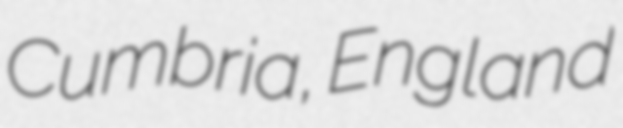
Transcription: Cumbria, England